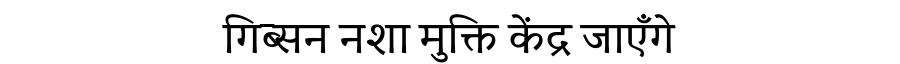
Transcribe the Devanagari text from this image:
गिब्सन नशा मुक्ति केंद्र जाएँगे